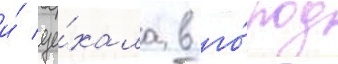
и́ уе́хала в го́род